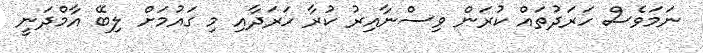
ނަމަވެސް ހަރަދުތައް ކުރަން ވިސްނާއިރު ކުރާ ހަރަދާއި މި ގައުމަށް ލިބޭ އާމްދަނީ